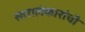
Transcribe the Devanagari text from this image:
स्वरालंकारांची